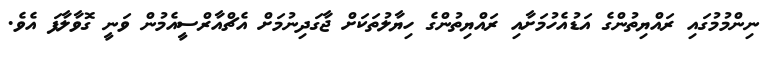
ނިންމުމުގައި ރައްޔިތުންގެ އަޑުއެހުމަށާއި ރައްޔިތުންގެ ހިޔާލުތަކަށް ޖާގަދިނުމަށް އެޗްއާރްސީއެމުން ވަނީ ގޮވާލާފަ އެވެ.